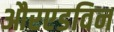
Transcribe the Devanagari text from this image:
औरएडविन